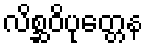
လိစ္ဆဝိပုတ္တေန